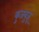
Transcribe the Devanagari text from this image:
कुजबुजू